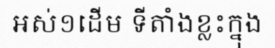
អស់១ដើម ទីតាំងខ្លះក្នុង